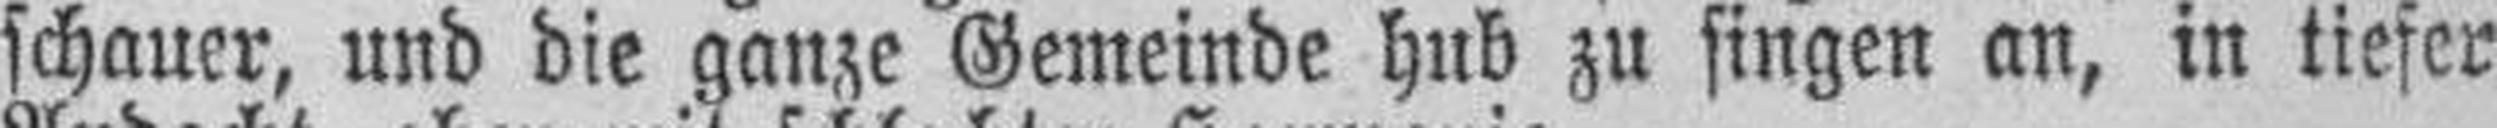
schauer, und die ganze Gemeinde hub zu singen an, in tiefer